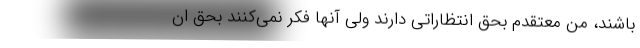
باشند، من معتقدم بحق انتظاراتی دارند ولی آنها فکر نمی‌کنند بحق ان